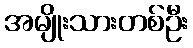
အမျိုးသားတစ်ဦး